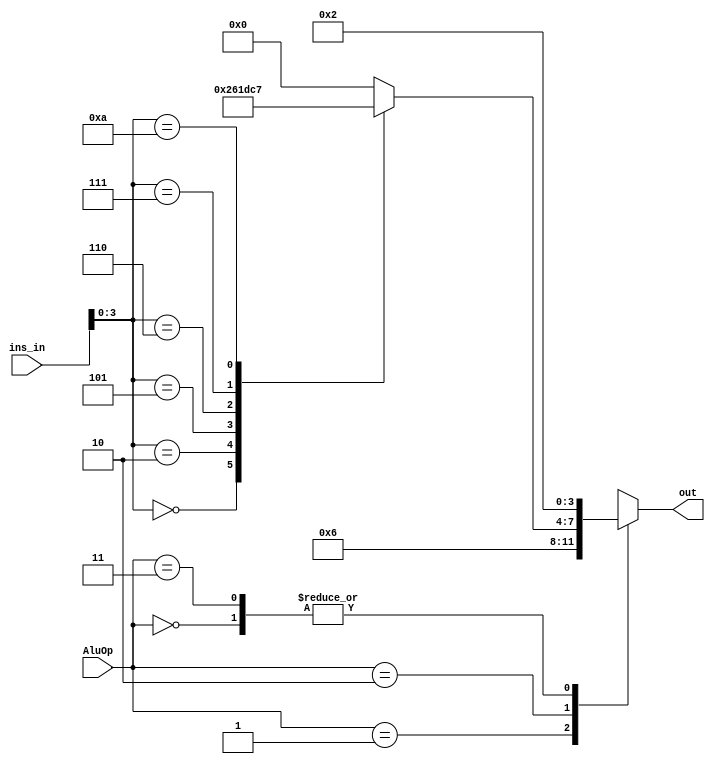
module aluControl(out,AluOp,ins_in);

		
input wire [5:0] ins_in;
		
input wire [1:0] AluOp;
		
output reg [3:0] out;

	
reg [3:0] for10aluop;


	
always @(*) 
	
begin
	 
 #10
		
case(ins_in[3:0])			
4'd0:  for10aluop = 4'd2;//add
	
4'd2:  for10aluop = 4'd6;//sub
	
4'd5:  for10aluop = 4'd1;//or
			
4'd6:  for10aluop = 4'd13;//xor
			
4'd7:  for10aluop = 4'd12;//nor
			
4'd10: for10aluop = 4'd7;//slt
			
default: for10aluop = 4'd0;
		
endcase
	
end

  
	

always @(*)
	
begin
	 

 #10
		
case(AluOp)
			
2'd0: out = 4'd2;	//add
			
2'd1: out = 4'd6;	//sub
			
2'd2: out = for10aluop;// for 10
			
2'd3: out = 4'd2;	//add
			
default: out = 0;
		
endcase
	
end

endmodule